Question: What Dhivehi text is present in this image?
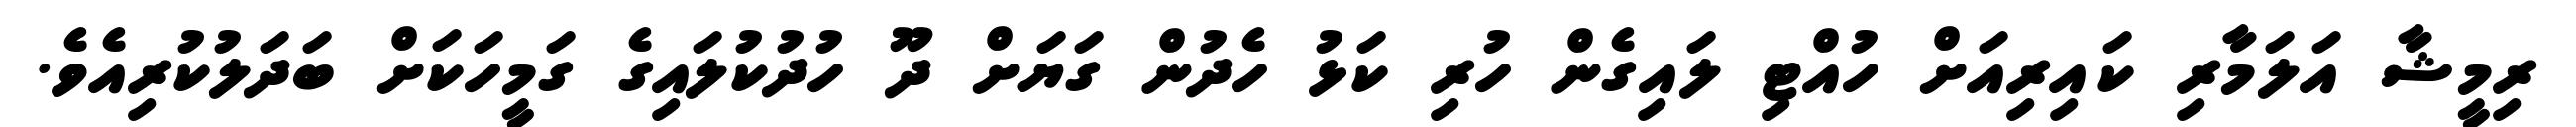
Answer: ރިމީޝާ އަލަމާރި ކައިރިއަށް ހުއްޓި ލައިގެން ހުރި ކަޅު ހެދުން ގަޔަށް ދޫ ހުދުކުލައިގެ ގަމީހަކަށް ބަދަލުކުރިއެވެ.